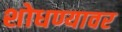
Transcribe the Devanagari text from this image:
शोधण्यावर